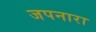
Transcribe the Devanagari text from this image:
जपनारा